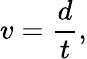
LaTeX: v={\frac{d}{t}},